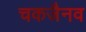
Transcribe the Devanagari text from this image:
चकजैनव